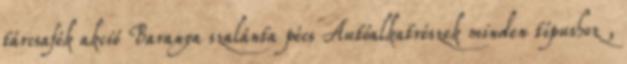
tárcsafék akció Baranya szalánta pécs Autóalkatrészek minden típushoz ,